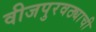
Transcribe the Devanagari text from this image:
वीजपुरवठ्याची